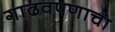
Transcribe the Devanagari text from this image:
गाढवपणाचा